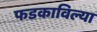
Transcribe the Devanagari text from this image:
फडकाविल्या